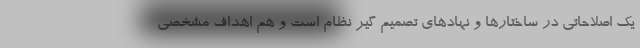
یک اصلاحاتی در ساختارها و نهادهای تصمیم گیر نظام است و هم اهداف مشخصی